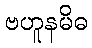
ဗဟူနမိဓ